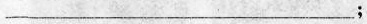
___；